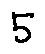
5